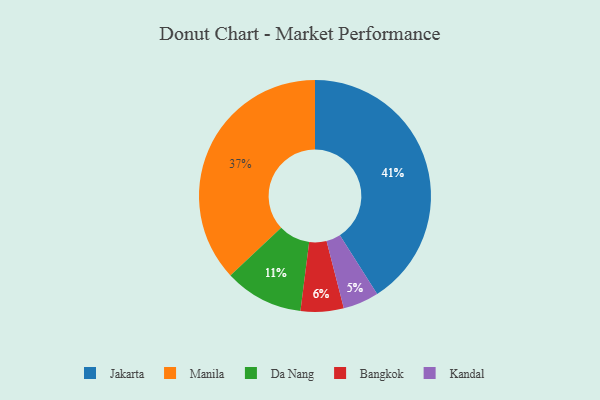
{"axis": {"x": "Category", "y": "Percentage"}, "legend": ["Bangkok", "Da Nang", "Jakarta", "Kandal", "Manila"], "data": [{"x": "Da Nang", "y": 11, "type": "Da Nang"}, {"x": "Kandal", "y": 5, "type": "Kandal"}, {"x": "Jakarta", "y": 41, "type": "Jakarta"}, {"x": "Manila", "y": 37, "type": "Manila"}, {"x": "Bangkok", "y": 6, "type": "Bangkok"}]}